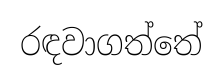
රඳවාගත්තේ